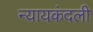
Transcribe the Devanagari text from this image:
न्यायकंदली